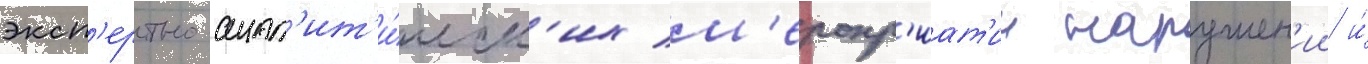
эксп'ертно-анал'ит'и́ческ'их м'еропр'иат'ии нарушен'ии и́